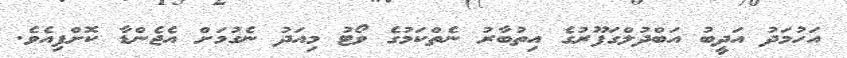
އަހުމަދު އަދީބު އަބްދުލްގަފޫރުގެ އިތުބާރު ނެތްކަމުގެ ވޯޓު މިއަދު ނެގުމަށް އެޖެންޑާ ކޮށްފިއެވެ.